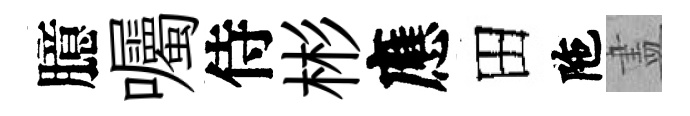
臆囑侍彬應田陁𥁞